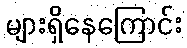
များရှိနေကြောင်း